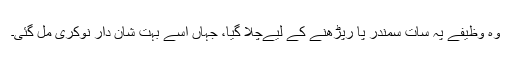
وہ وظیفے پہ سات سمندر پا رپڑھنے کے لیےچلا گیا، جہاں اُسے بہت شان دار نوکری مل گئی۔